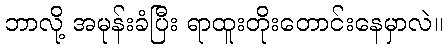
ဘာလို့ အမုန်းခံပြီး ရာထူးတိုးတောင်းနေမှာလဲ။